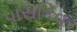
પાસકિવર